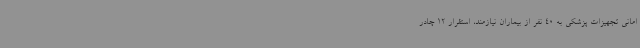
امانی تجهیزات پزشکی به 40 نفر از بیماران نیازمند، استقرار 12 چادر